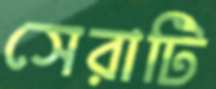
সেরাটি